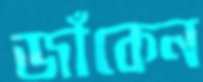
জাঁকেন